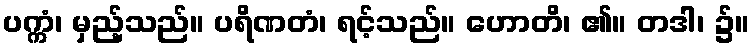
ပက္ကံ၊ မှည့်သည်။ ပရိဏတံ၊ ရင့်သည်။ ဟောတိ၊ ၏။ တဒါ၊ ၌။